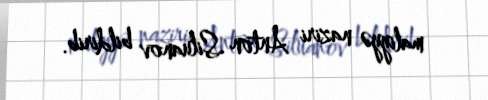
maliyyə naziri Anton Siluanov bildirib.